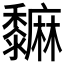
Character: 𪐎